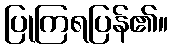
ပြုကြရပြန်၏။